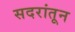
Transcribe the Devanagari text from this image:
सदरांतून